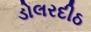
ડોલરદીઠ